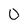
Character: 0